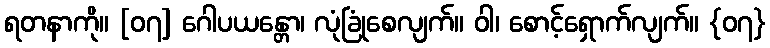
ရတနာကို။ [၀၇] ဂေါပယန္တော၊ လုံခြုံစေလျက်။ ဝါ၊ စောင့်ရှောက်လျက်။ {၀၇}